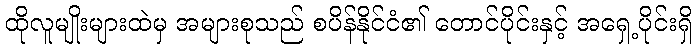
ထိုလူမျိုးများထဲမှ အများစုသည် စပိန်နိုင်ငံ၏ တောင်ပိုင်းနှင့် အရှေ့ပိုင်းရှိ